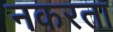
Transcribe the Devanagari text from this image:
नकरता